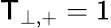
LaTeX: \mathsf{T}_{\perp,+}=1